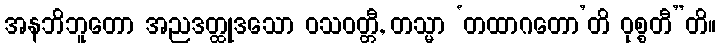
အနဘိဘူတော အညဒတ္ထုဒသော ဝသဝတ္တီ, တသ္မာ ‘တထာဂတော’တိ ဝုစ္စတီ”တိ။